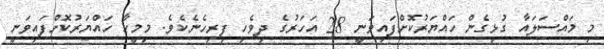
މި މައްސަލައާ ގުޅިގެން ހައްޔަރުކޮށްފައިވަނީ 28 އަހަރުގެ ދިވެހި ފިރިހެނެކެވެ. މިމީހާ ހައްޔަރުކޮށްފައިވަނީ